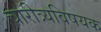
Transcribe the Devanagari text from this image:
चारीत्र्यविषयक